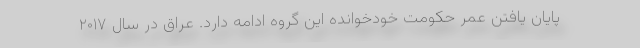
پایان یافتن عمر حکومت خودخوانده این گروه ادامه دارد. عراق در سال ۲۰۱۷